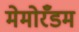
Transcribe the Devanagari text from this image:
मेमोरँडम